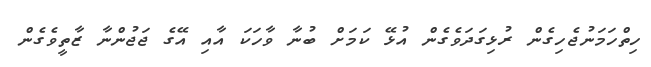
ހިތްހަމަނުޖެހިގެން ރުޅިގަދަވެގެން އުޅޭ ކަމަށް ބުނާ ވާހަކަ އާއި އޭގެ ޖަޖުންނާ ޒާތީވެގެން